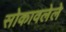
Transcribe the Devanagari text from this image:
सोकावलेले